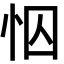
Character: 𢘄